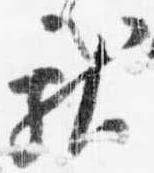
献